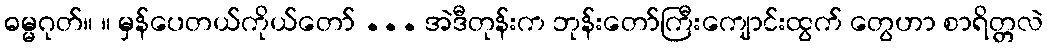
ဓမ္မဂုတ်။ ။ မှန်ပေတယ်ကိုယ်တော် ... အဲဒီတုန်းက ဘုန်းတော်ကြီးကျောင်းထွက် တွေဟာ စာရိတ္တလဲ